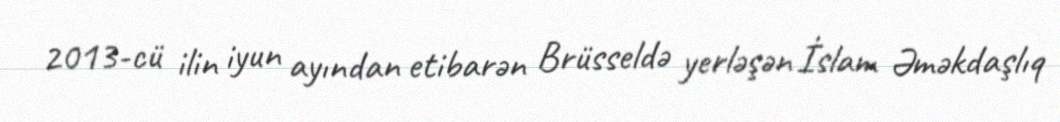
2013-cü ilin iyun ayından etibarən Brüsseldə yerləşən İslam Əməkdaşlıq